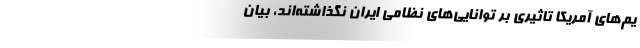
یم‌های آمریکا تاثیری بر توانایی‌های نظامی ایران نگذاشته‌اند، بیان